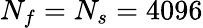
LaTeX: N_{f}=N_{s}=4096